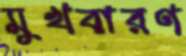
মুখবারণ